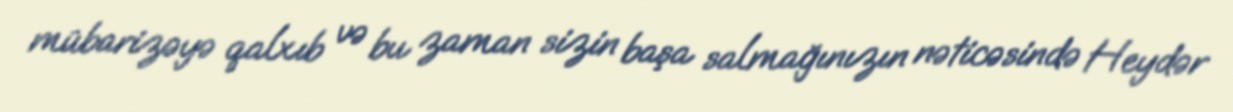
mübarizəyə qalxıb və bu zaman sizin başa salmağınızın nəticəsində Heydər